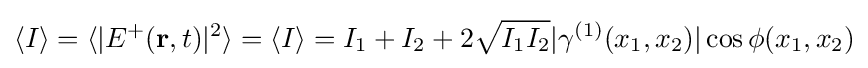
\langle I\rangle =\langle |E^{+}(\mathbf {r} ,t)|^{2}\rangle =\langle I\rangle =I_{1}+I_{2}+2{\sqrt {I_{1}I_{2}}}|\gamma ^{(1)}(x_{1},x_{2})|\cos {\phi (x_{1},x_{2})}